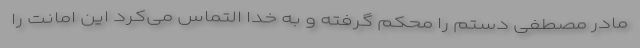
مادر مصطفی دستم را محکم گرفته و به خدا التماس می‌کرد این امانت را